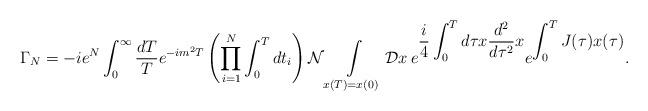
LaTeX: \begin{align*}\Gamma _{N}=-ie^{N}\int ^{\infty }_{0}\frac{dT}{T}e^{-im^{2}T}\left( \prod ^{N}_{i=1}\int ^{T}_{0}dt_{i}\right) {\cal N}\int\limits_{x(T)=x(0)}{\cal D}x\: e^{\displaystyle\frac{i}{4}\int ^{T}_{0}d\tau x\frac{d^{2}}{d\tau ^{2}}x}e^{\displaystyle\int ^{T}_{0}J(\tau )x(\tau )} .\end{align*}